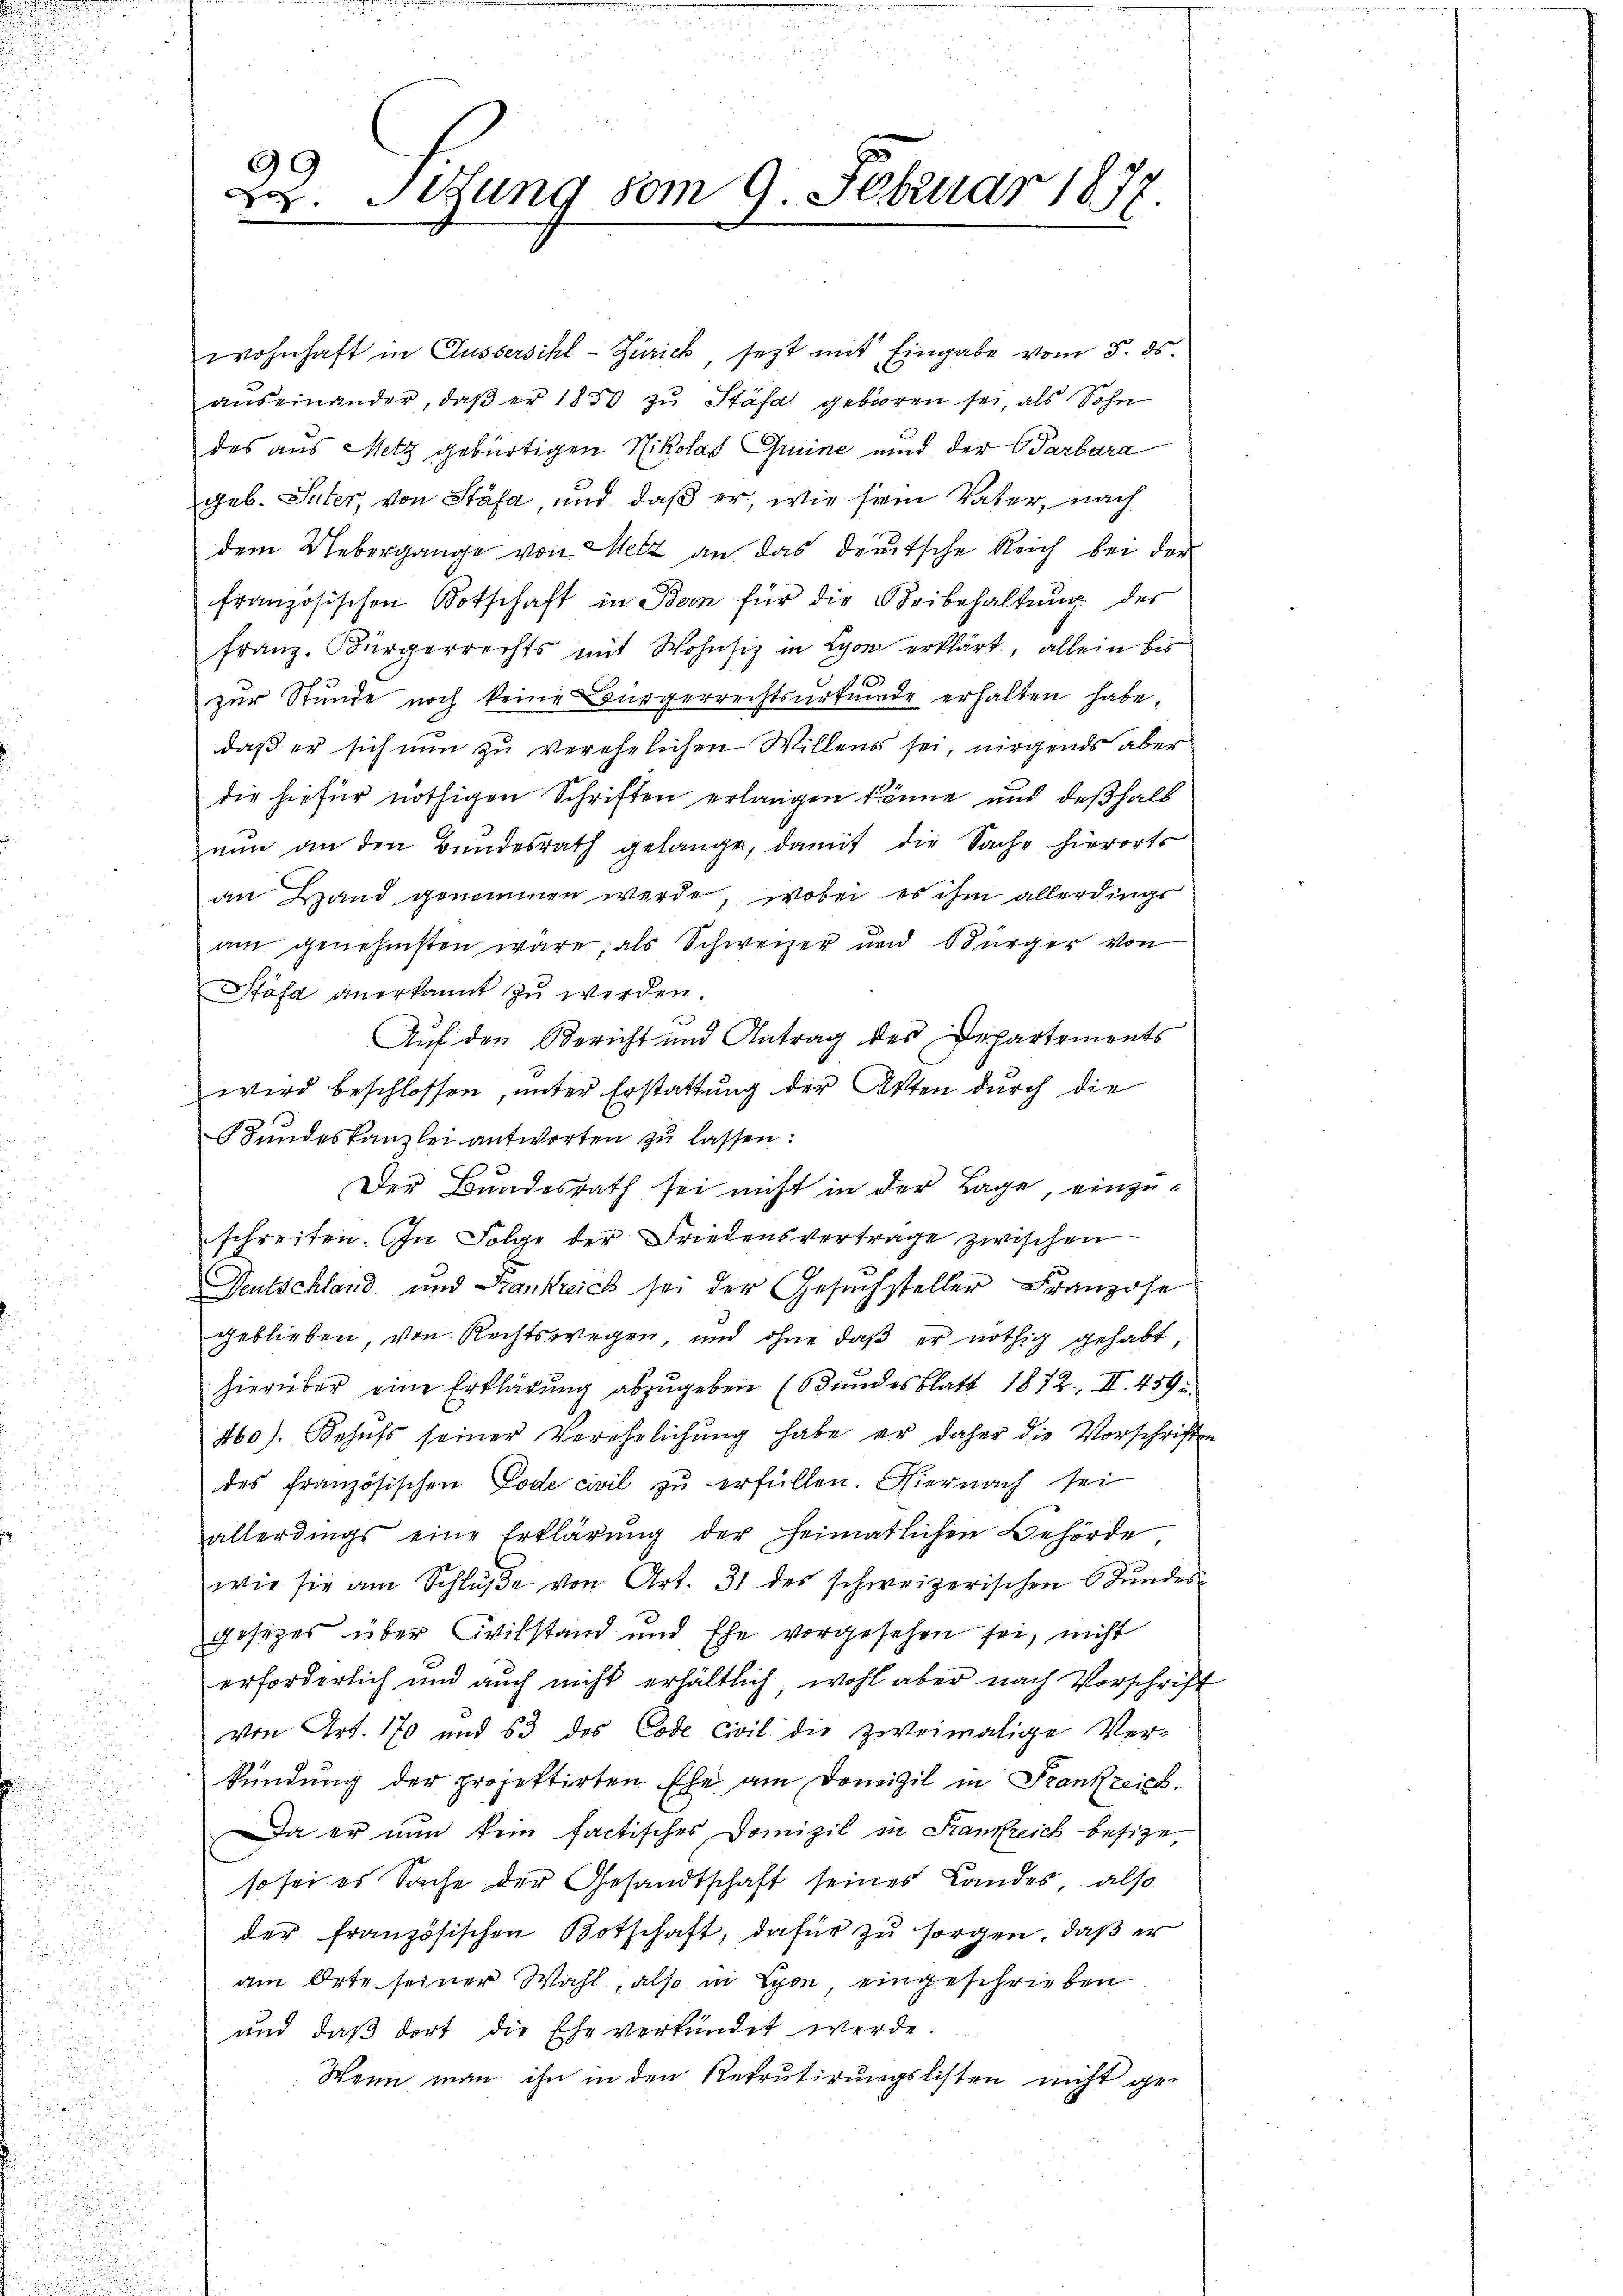
9
2. Sitzung vom 9. Februar 1877.

wohnhaft in Aussersihl-Zürich, setzt mit Eingabe vom 5. ds.
aŭseinander, daβ er 1850 zŭ Stäfa geboren sei, als Sohn
des aus Metz gebürtigen Nikolat Gruine und der Barbara
geb. Suter, von Stäfa und daß er, wie sein Vater, nach
dem Uebergange von Metz an das deutsche Reich bei der
französischen Botschaft in Bern für die Beibehaltung des
franz. Bürgerrechts mit Wohnsiz in Lyon erklärt, allein bis
zur Stunde noch keine Bürgerrechtsurkunde erhalten habe,
daß er sich nun zu verehelichen Willens sei, nirgends aber
die hiefür nöthigen Schriften erlangen könne und deßhalb
nun an den Bundesrath gelange, damit die Sache hierorts
an Hand genommen werde, wobei es ihm allerdings
am genehmsten wäre, als Schweizer und Bürger von
Stäfa anerkannt zu werden.
Auf den Bericht und Antrag des Departements
wird beschlossen, unter Erstattung der Akten durch die
Bundeskanzlei antworten zu lassen:
Der Bundesrath sei nicht in der Lage, einzuschreiten. In Folge der Friedensvertrage zwischen
Deutschland und Frankreich sei der Gesuchsteller Franzose
geblieben, von Rechtswegen, und ohne daß er nöthig gehabt,
hierüber eine Erklärung abzugeben (Bundesblatt 1872. II. 459 u.
460). Behŭfs seiner Verehelichung habe er daher die Vorschriften
des französischen Tode civil zŭ erfüllen. Hier nach sei
allerdings eine Erklärŭng der Heimatlichen Behörde
wie sie am Schluße von Art. 31 des schweizerischen Stundes
gesezes über Civilstand und Ehe vorgesehen sei, nicht
erforderlich und auch nicht erhältlich, wohl aber nach Vorschrift
von Art. 170 und 53 des Code Civil die zweimalige Verkündung der projektirten Ehe am Domizil in Frankzeich.
Da er nun kein factisches Domizil in Krankreich besize,
so sei es Sache der Gesandtschaft seines Landes, also
der französischen Botschaft, dafür zu sorgen, daß er
am Orte seiner Wahl, also in Lyon eingeschrieben
und daß dort die Ehe verkündet werde.
Wenn man ihn in den Rekrutirungslisten nicht ge¬